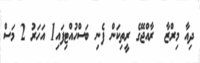
ދިއާ މިރްޒާ  ރާއްޖޭގެ ރީތިކަން ފެނި ބަސްހުއްޓިފައި1 އަހަރު 2 މަސް